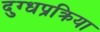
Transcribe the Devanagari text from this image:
दुग्धप्रक्रिया